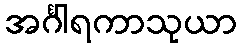
အင်္ဂါရကာသုယာ